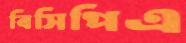
বিসিপিএ